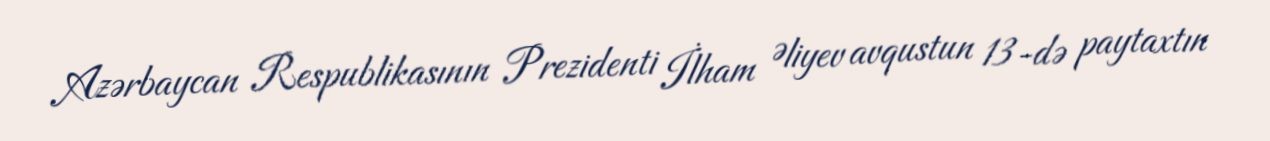
Azərbaycan Respublikasının Prezidenti İlham Əliyev avqustun 13-də paytaxtın